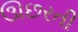
ઊછરતી